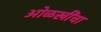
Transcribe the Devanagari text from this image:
ओळखींचा